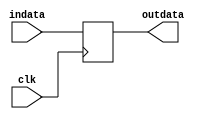
module dly_signal_1 #(
  parameter WIDTH = 1
)(
  input  wire             clk,
  input  wire [WIDTH-1:0] indata,
  output reg  [WIDTH-1:0] outdata
);
  always @(posedge clk) outdata <= indata;
endmodule